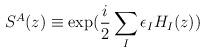
LaTeX: \begin{align*}S^A(z) \equiv \exp( \frac{i}{2}\sum_I \epsilon_IH_I(z) )\end{align*}